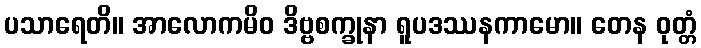
ပသာရေတိ။ အာလောကမိဝ ဒိဗ္ဗစက္ခုနာ ရူပဒဿနကာမော။ တေန ဝုတ္တံ